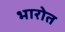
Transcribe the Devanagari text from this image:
भारोत